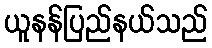
ယူနန်ပြည်နယ်သည်